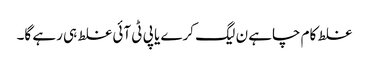
غلط کام چاہے ن لیگ کرے یا پی ٹی آئی غلط ہی رہے گا۔